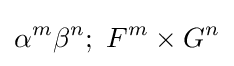
\alpha ^{m}\beta ^{n};\ F^{m}\times G^{n}